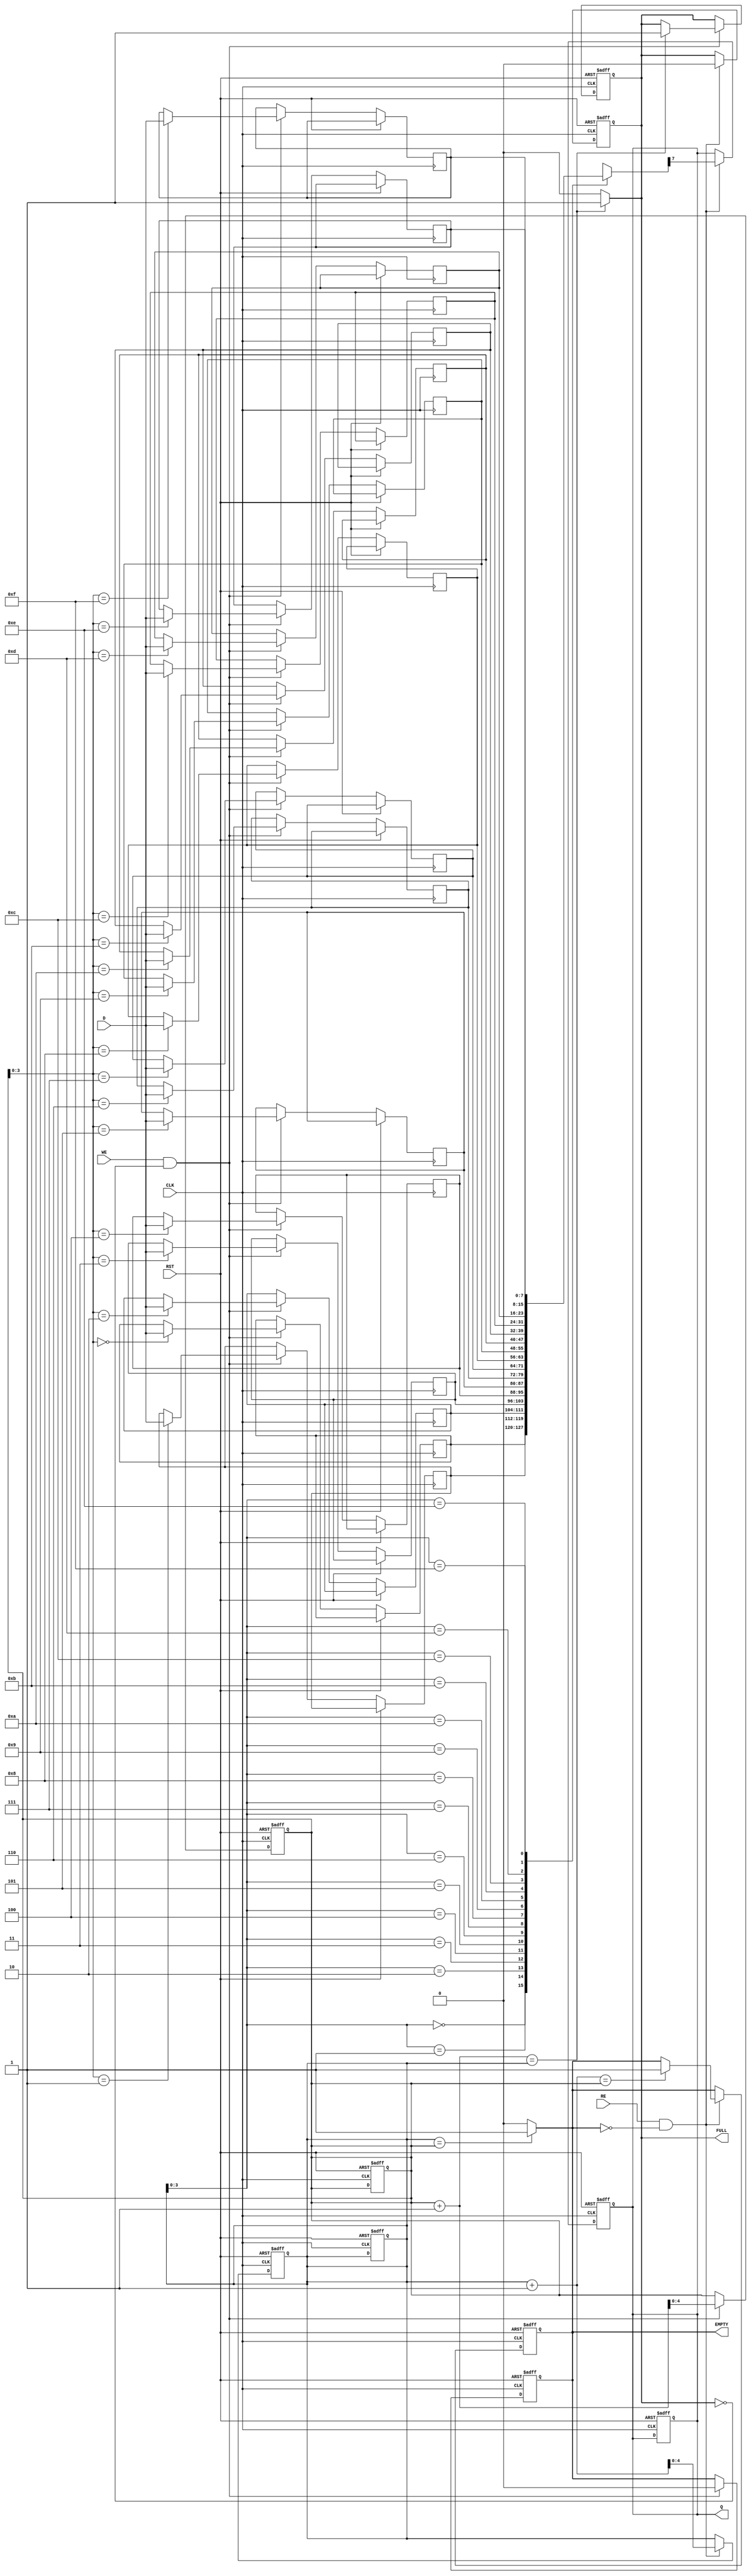
module fifo_piso #(
    parameter DATA_WIDTH = 8,  // Width of the data bus
    parameter FIFO_DEPTH = 16   // Depth of the FIFO
)(
    input  wire [DATA_WIDTH-1:0] D,  // Parallel data input
    input  wire WE,                   // Write Enable
    input  wire RE,                   // Read Enable
    input  wire CLK,                  // Clock
    input  wire RST,                  // Reset
    output reg  Q,                    // Serial output
    output reg  FULL,                 // Full flag
    output reg  EMPTY                 // Empty flag
);

    // Internal storage for FIFO
    reg [DATA_WIDTH-1:0] fifo_mem [0:FIFO_DEPTH-1];
    reg [4:0] write_pointer;  // Pointer for writing data
    reg [4:0] read_pointer;   // Pointer for reading data

    // Initialize pointers and flags
    initial begin
        write_pointer = 0;
        read_pointer = 0;
        FULL = 0;
        EMPTY = 1;
        Q = 0;
    end

    // Write operation
    always @(posedge CLK or posedge RST) begin
        if (RST) begin
            write_pointer <= 0;
            read_pointer <= 0;
            FULL <= 0;
            EMPTY <= 1;
            Q <= 0;
        end else begin
            if (WE && !FULL) begin
                fifo_mem[write_pointer] <= D; // Store data in FIFO
                write_pointer <= write_pointer + 1;
                EMPTY <= 0; // FIFO is not empty after write
                if (write_pointer + 1 == read_pointer) begin
                    FULL <= 1; // FIFO is full
                end
            end
        end
    end

    // Read operation
    always @(posedge CLK or posedge RST) begin
        if (RST) begin
            write_pointer <= 0;
            read_pointer <= 0;
            FULL <= 0;
            EMPTY <= 1;
            Q <= 0;
        end else begin
            if (RE && !EMPTY) begin
                Q <= fifo_mem[read_pointer][DATA_WIDTH-1]; // Output the MSB of the data
                read_pointer <= read_pointer + 1;
                if (read_pointer + 1 == write_pointer) begin
                    EMPTY <= 1; // FIFO is empty
                end
                FULL <= 0; // FIFO is not full after read
            end
        end
    end

    // Update FULL and EMPTY flags
    always @(*) begin
        if (write_pointer + 1 == read_pointer) begin
            FULL = 1; // FIFO is full
        end else begin
            FULL = 0; // FIFO is not full
        end

        if (read_pointer == write_pointer) begin
            EMPTY = 1; // FIFO is empty
        end else begin
            EMPTY = 0; // FIFO is not empty
        end
    end

endmodule